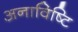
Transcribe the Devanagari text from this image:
अनाविष्टि